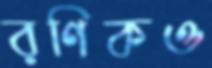
রণিকও